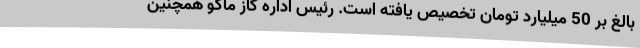
بالغ بر 50 میلیارد تومان تخصیص یافته است. رئیس اداره گاز ماکو همچنین